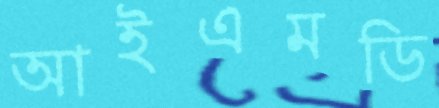
আইএমডি